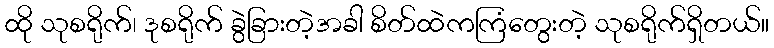
ထို သုစရိုက်၊ ဒုစရိုက် ခွဲခြားတဲ့အခါ စိတ်ထဲကကြံတွေးတဲ့ သုစရိုက်ရှိတယ်။